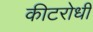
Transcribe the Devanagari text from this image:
कीटरोधी